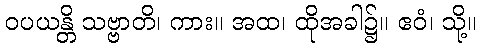
ဝပယန္တိ သဗ္ဗာတိ၊ ကား။ အထ၊ ထိုအခါ၌။ ဧဝံ၊ သို့။